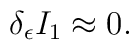
\delta_\epsilon I_1 \approx 0.